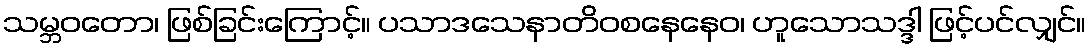
သမ္ဘဝတော၊ ဖြစ်ခြင်းကြောင့်။ ပသာဒသေနာတိဝစနေနေဝ၊ ဟူသောသဒ္ဒါ ဖြင့်ပင်လျှင်။